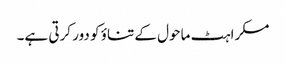
مسکراہٹ ماحول کے تناؤ کو دور کرتی ہے۔